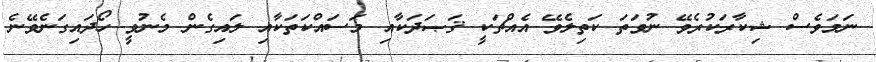
ނަމަވެސް ޝިކާރަކުރެވޭ ނުވަތަ ކަތިލެވޭ އެއްޗަކީ ޤަޞަދަކާއި މަސައްކަތަކާއި ލައިގެން މެނުވީ ހޯދައިގަނެވޭނެ